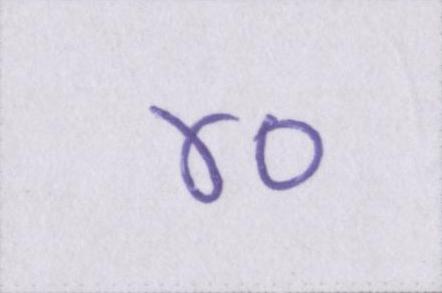
४०